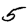
Digit: 5